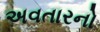
અવતારનો